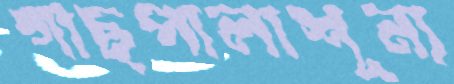
গাছপালাশূন্য